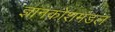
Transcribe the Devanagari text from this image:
ज्ञानकोशमंडल